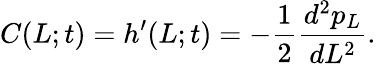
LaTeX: C(L;t)=h^{\prime}(L;t)=-\frac{1}{2}\frac{d^{2}p_{L}}{dL^{2}}.